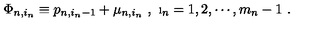
\Phi _ { n , i _ { n } } \equiv p _ { n , i _ { n } - 1 } + \mu _ { n , i _ { n } } \ , \ \i _ { n } = 1 , 2 , \cdots , m _ { n } - 1 \ .